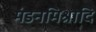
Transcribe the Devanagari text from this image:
मंडनमिश्रादि